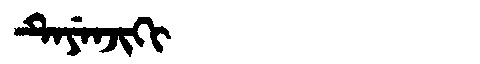
Manchu: ᡨᡝᠶᡝᠨᠵᡳᡴᡳ
Romanization: TEYENJIKI